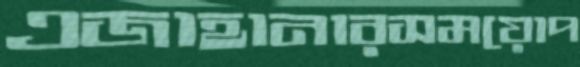
এজাহানারসময়োপ